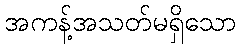
အကန့်အသတ်မရှိသော